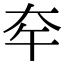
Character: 𡗧